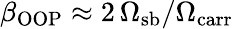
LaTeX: \beta_{\textrm{OOP}}\approx 2\, \Omega_{\textrm{sb}}/\Omega_{\textrm{carr}}